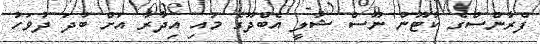
ފްރާންސްގެ ކާޓޫން ނޫސް ޝާލީ އެބްދޫގެ މައި އިދާރާ އަށް ބުދަ ދުވަހު